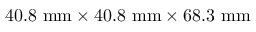
4 0 . 8 ~ \mathrm { { m m } \times 4 0 . 8 ~ \mathrm { { m m } \times 6 8 . 3 ~ \mathrm { { m m } } } }